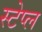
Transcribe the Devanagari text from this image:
स्टेप्ल